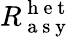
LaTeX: R_{\mathrm{~a~s~y~}}^{\mathrm{~h~e~t~}}